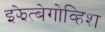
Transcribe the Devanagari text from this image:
इझेत्बेगोव्हिश